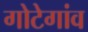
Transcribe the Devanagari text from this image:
गोटेगांव